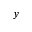
\boldsymbol { y }